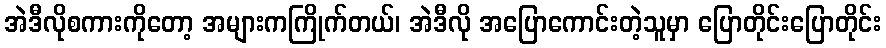
အဲဒီလိုစကားကိုတော့ အများကကြိုက်တယ်၊ အဲဒီလို အပြောကောင်းတဲ့သူမှာ ပြောတိုင်းပြောတိုင်း